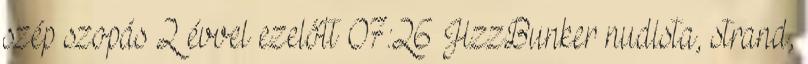
szép szopás 2 évvel ezelőtt 07:26 JizzBunker nudista, strand,